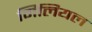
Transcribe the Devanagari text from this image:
मिलियल